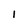
Character: 1